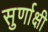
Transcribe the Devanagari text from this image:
सुर्णाक्षी